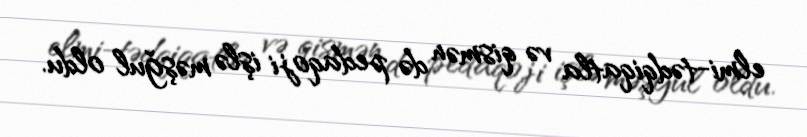
elmi-tədqiqatla və qismən də pedaqoji işlə məşğul oldu.